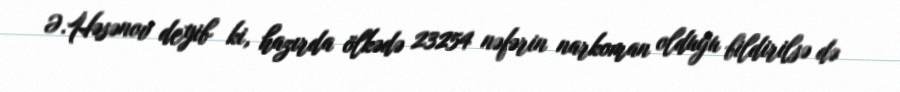
Ə.Həsənov deyib ki, hazırda ölkədə 23254 nəfərin narkoman olduğu bildirilsə də